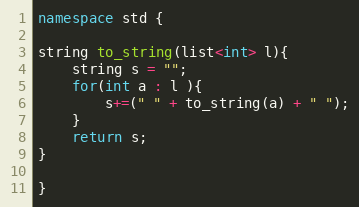
Language: C++
namespace std {

string to_string(list<int> l){
    string s = "";
    for(int a : l ){
        s+=(" " + to_string(a) + " ");
    }
    return s;
}

}